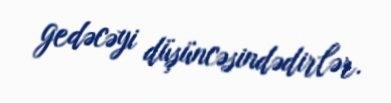
gedəcəyi düşüncəsindədirlər.